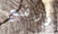
ورفع